Scottish Certificate of Education, 1963
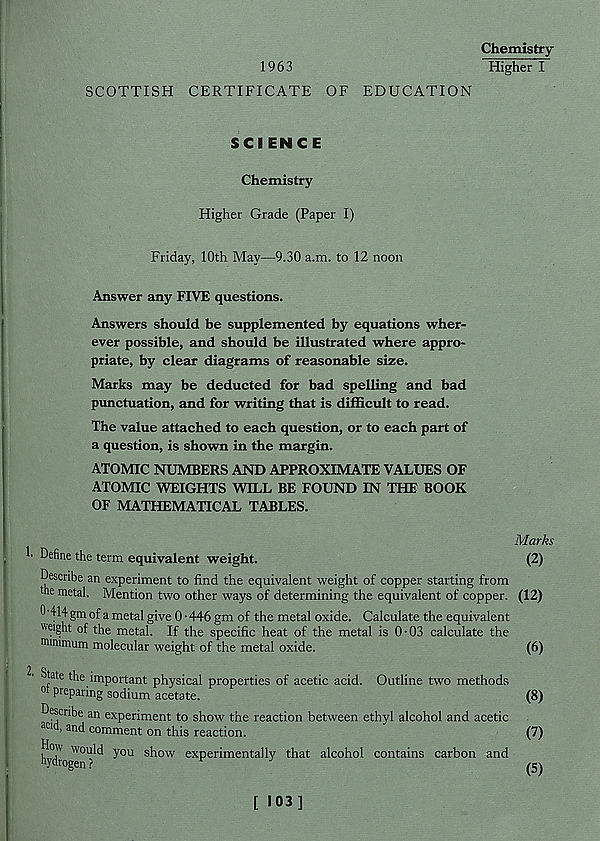
Chemistry
1963
Higher I
SCOTTISH CERTIFICATE OF EDUCATION
SCIENCE
Chemistry
Higher Grade (Paper I)
Friday, 10th May—9.30 a.m. to 12 noon
Answer any FIVE questions.
Answers should be supplemented by equations wher-
ever possible, and should be illustrated where appro-
priate, by clear diagrams of reasonable size.
Marks may be deducted for bad spelling and bad
punctuation, and for writing that is difficult to read.
The value attached to each question, or to each part of
a question, is shown in the margin.
ATOMIC NUMBERS AND APPROXIMATE VALUES OF
ATOMIC WEIGHTS WILL BE FOUND IN THE BOOK
OF MATHEMATICAL TABLES.
Define the term equivalent weight.
Describe an experiment to find the equivalent weight of copper starting from
he metal. Mention two other ways of determining the equivalent of copper.
O '414 gm of a metal give 0-446 gm of the metal oxide. Calculate the equivalent
"eight of the metal. If the specific heat of the metal is 0-03 calculate the
roinimum molecular weight of the metal oxide.
State the important physical properties of acetic acid. Outline two methods
ot preparing sodium acetate.
Describe an experiment to show the reaction between ethyl alcohol and acetic
ac i , and comment on this reaction.
hydro WOl ?l^ ^°U s^ow ex P er r men ta11y that alcohol contains carbon and
Marks
(2)
(12)
(6)
(8)
(7)
(5)
[ 103]